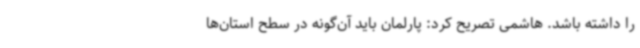
را داشته باشد. هاشمی تصریح کرد: پارلمان باید آن‌گونه در سطح استان‌ها